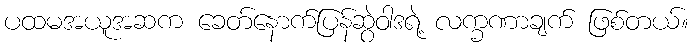
ပထမအယူအဆက ခေတ်နောက်ပြန်ဆွဲဝါဒရဲ့ လက္ခဏာချက် ဖြစ်တယ်။